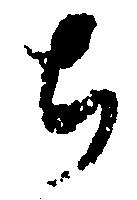
ち